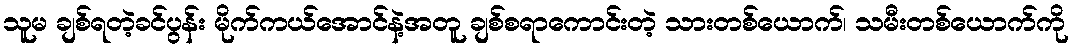
သူမ ချစ်ရတဲ့ခင်ပွန်း မိုက်ကယ်အောင်နဲ့အတူ ချစ်စရာကောင်းတဲ့ သားတစ်ယောက်၊ သမီးတစ်ယောက်ကို